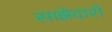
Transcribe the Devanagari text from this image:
साझेदारो